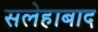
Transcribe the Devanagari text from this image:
सलेहाबाद